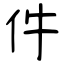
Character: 件